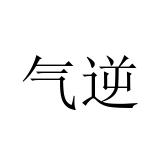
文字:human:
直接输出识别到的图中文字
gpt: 气逆